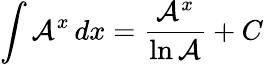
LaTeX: \int\mathcal{A}^{x}\, dx={\frac{{\mathcal{A}^{x}}}{{\ln\mathcal{A}}}}+C